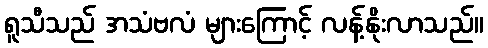
ရူသီသည် အသံဗလံ များကြောင့် လန့်နိုးလာသည်။